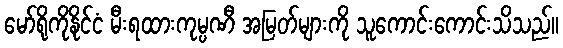
မော်ရိုကိုနိုင်ငံ မီးရထားကုမ္ပဏီ အမြတ်များကို သူကောင်းကောင်းသိသည်။